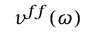
\nu ^ { f f } ( \omega )